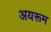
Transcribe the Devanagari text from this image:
अयरूम